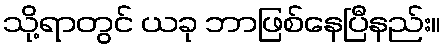
သို့ရာတွင် ယခု ဘာဖြစ်နေပြီနည်း။